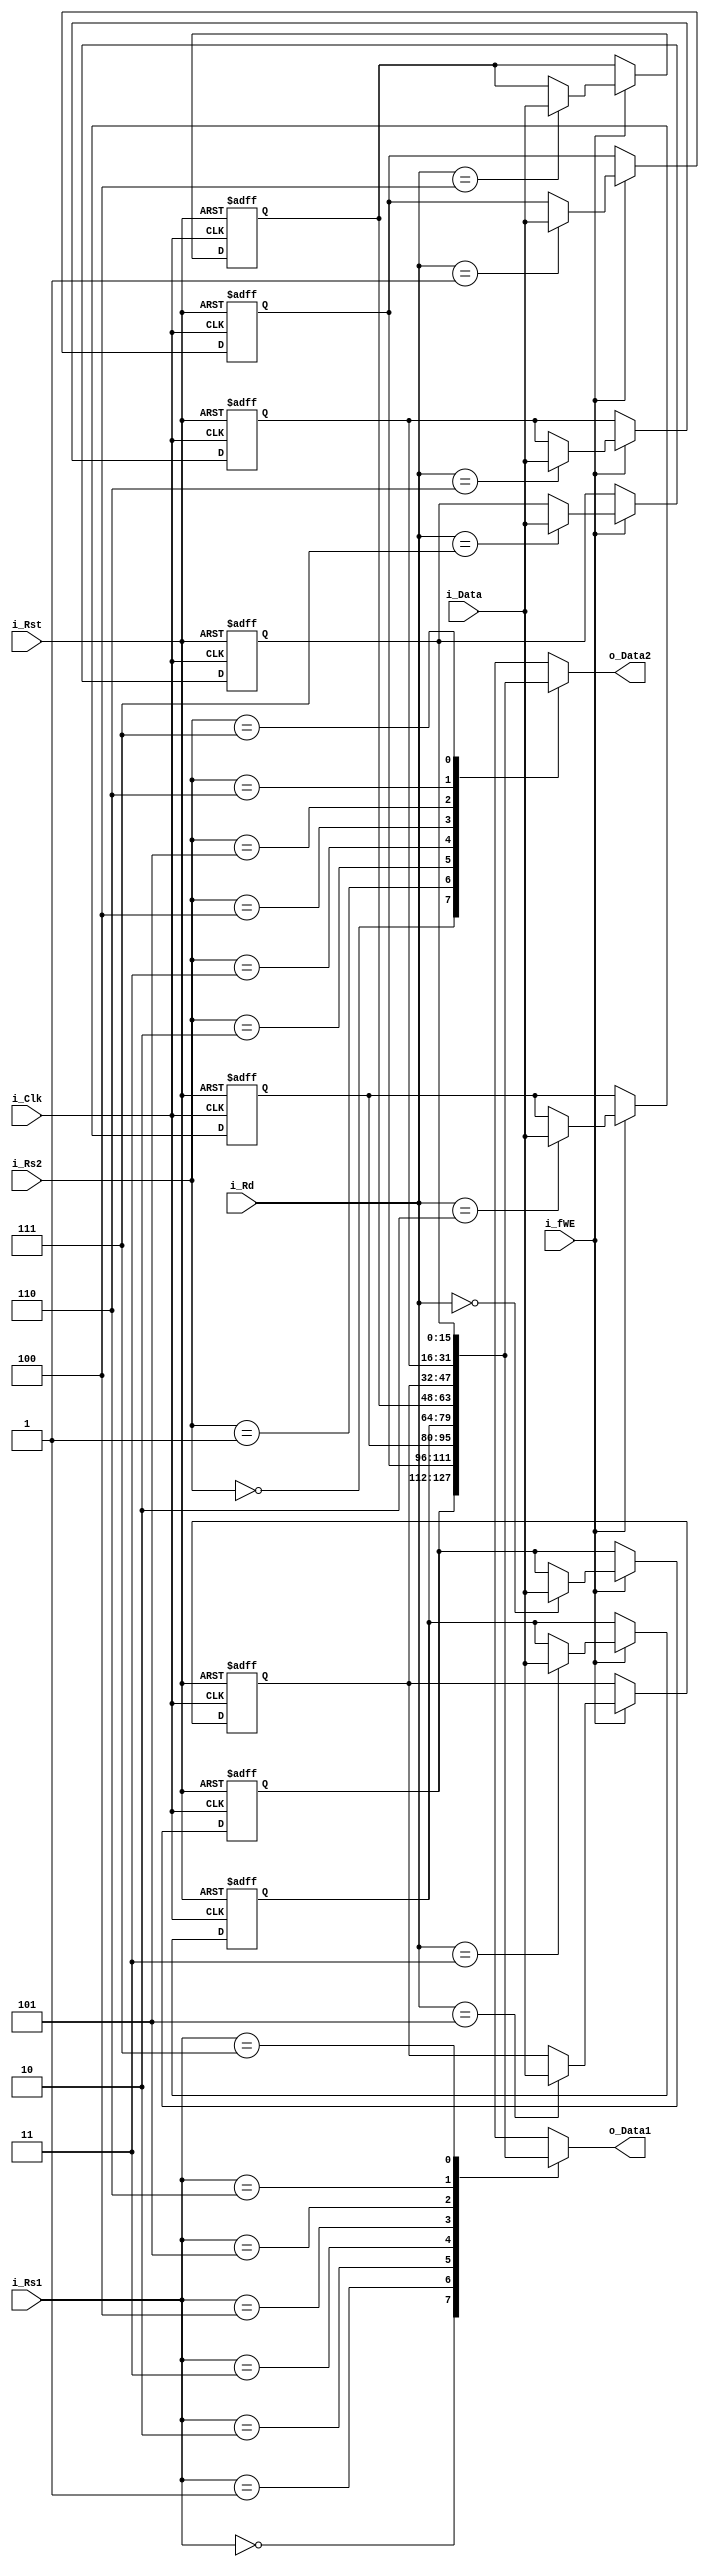
module regfile(
	input i_Clk,
	input i_Rst,
	input i_fWE,
	input [2:0] i_Rd,
	input [15:0] i_Data,

	input [2:0] i_Rs1,
	input [2:0] i_Rs2,

	output [15:0] o_Data1,
	output [15:0] o_Data2
	);

reg [15:0] r_Reg[0:7];
integer i;
always@(posedge i_Clk, negedge i_Rst)
	if(!i_Rst) begin
		for(i = 0; i < 8; i=i+1)
			r_Reg[i] <= 0;
	end else begin
		if(i_fWE)
			r_Reg[i_Rd] <= i_Data;	 //if i_fWE off, the value is preserved because it's reg
	end

assign o_Data1 = r_Reg[i_Rs1];
assign o_Data2 = r_Reg[i_Rs2];

endmodule